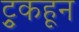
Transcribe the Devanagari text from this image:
ट्रुकहून